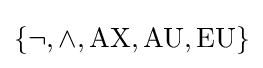
\{\neg ,\land ,{\mbox{AX}},{\mbox{AU}},{\mbox{EU}}\}